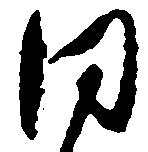
同